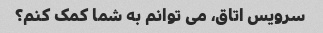
سرویس اتاق، می توانم به شما کمک کنم؟